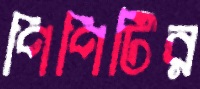
পিপিটির